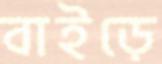
বাইড়ে